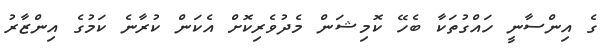
ގެ އިންސާނީ ހައްގުތަކާ ބެހޭ ކޮމިޝަން މެދުވެރިކޮށް އެކަން ކުރާނެ ކަމުގެ އިންޒާރު